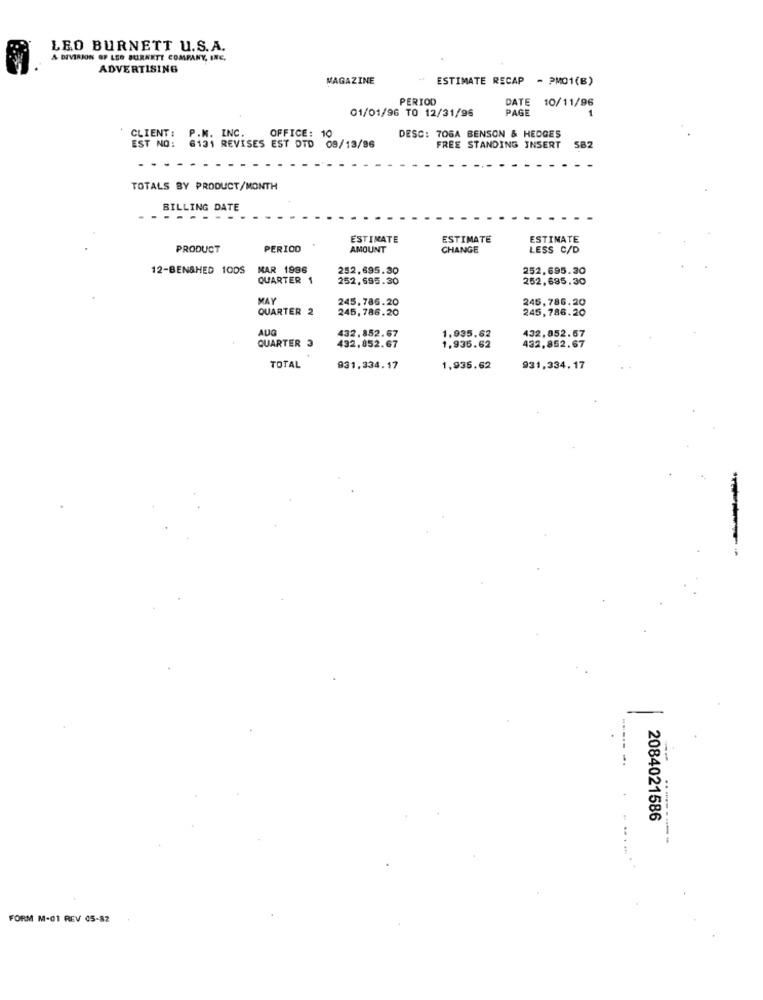
LEO BURNETT U.S.A.
A DIVISION OF LEO BURNETT COMPANY, INC.
ADVERTISING
MAGAZINE
ESTIMATE RECAP - PM01(B)
PERIOD
DATE 10/11/96
01/01/96 TO 12/31/96
PAGE
-
CLIENT :
EST NO:
P.M. INC.
OFFICE: 10
DESC: 706A BENSON & HEDGES
6131 REVISES EST DTD 09/13/96
FREE STANDING INSERT
582
TOTALS BY PRODUCT/MONTH
BILLING DATE
ESTIMATE
ESTIMATE
ESTIMATE
PRODUCT
PERIOD
AMOUNT
CHANGE
LESS C/D
12-BEN&HED 1ODS
MAR 1996
252,695.30
252,695.30
QUARTER
252,695.30
252.695.30
MAY
245,786.20
245,786.20
QUARTER 2
245,786.20
245,786.20
AUG
432.852.67
1.935,62
432,852.67
432,852.67
432.852.67
QUARTER 3
1,935.62
TOTAL
931,334.17
1,935.62
931,334.17
2084021586
FORM M-01 REV 05-82